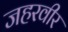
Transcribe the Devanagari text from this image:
जहरवीर